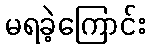
မရခဲ့ကြောင်း